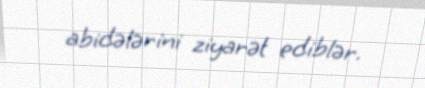
abidələrini ziyarət ediblər.